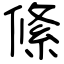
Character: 絛